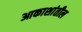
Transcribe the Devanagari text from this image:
आकाशांतील